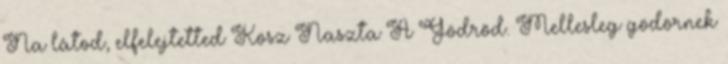
Na látod, elfelejtetted Kösz Naszta A Gödröd. Mellesleg gödörnek